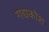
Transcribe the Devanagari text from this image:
गद्यकोश